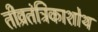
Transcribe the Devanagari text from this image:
तीव्रतंत्रिकाशोथ